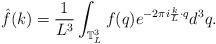
LaTeX: \begin{align*}\hat{f}(k) = \frac{1}{L^3}\int_{\mathbb{T}_L^3} f(q) e^{-2\pi i \frac{k}{L} \cdot q}d^3q.\end{align*}